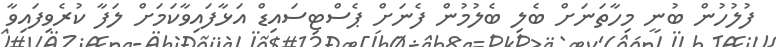
ފުލުހުން ބުނީ މިހާތަނަށް ބެލި ބެލުމުން ފެނަށް ޕެސްޓިސައިޑް އަޅާފައިވާކަމަށް ލަފާ ކުރެވިފައިވާ